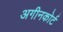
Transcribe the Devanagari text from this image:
अगीनकोर्ट